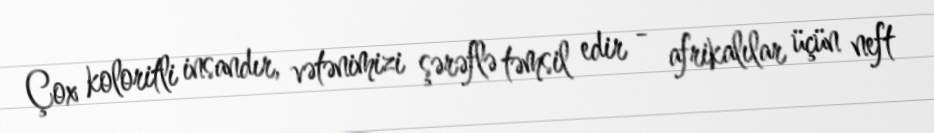
Çox koloritli insandır, vətənimizi şərəflə təmsil edir - afrikalılar üçün neft